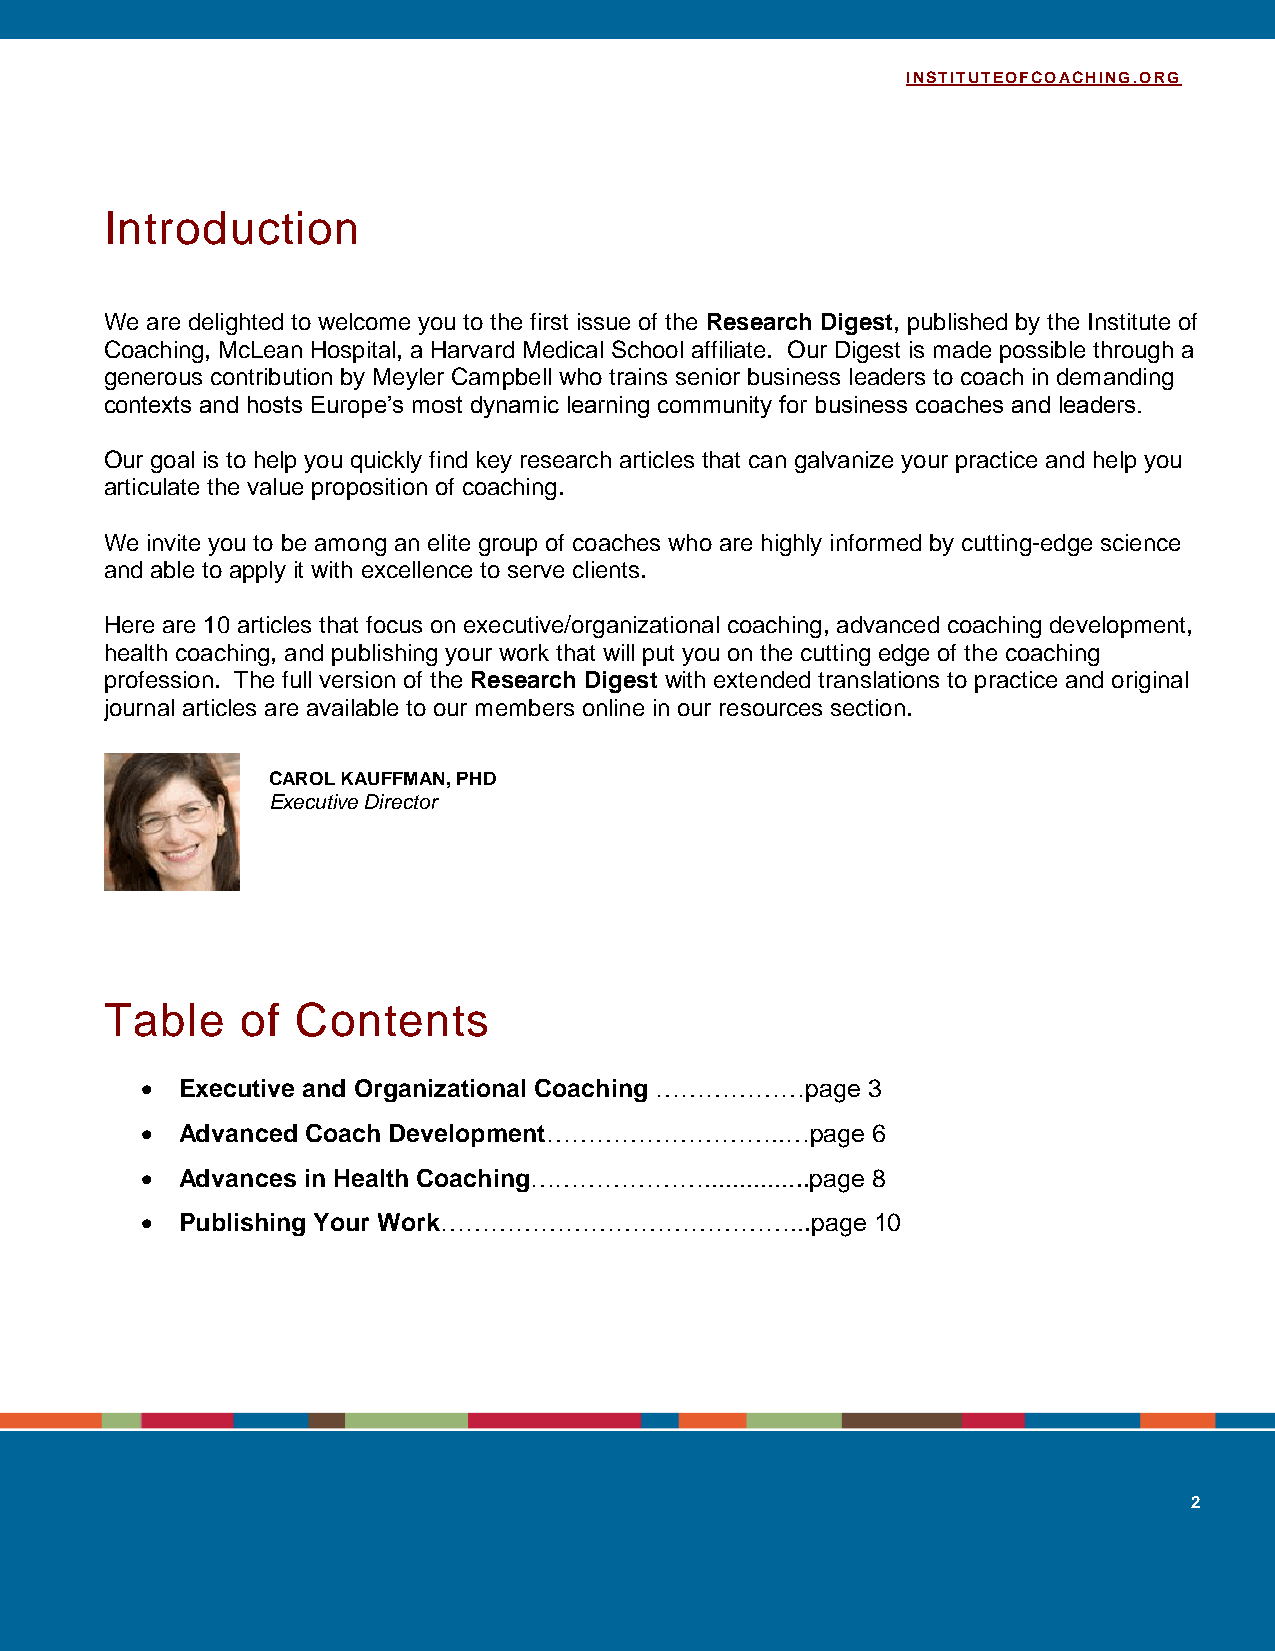
INSTITUTEOFCOACHING.ORG
 Introduction
 We are delighted to welcome you to the first issue of the Research Digest, published by the Institute of
 Coaching, McLean Hospital, a Harvard Medical School affiliate. Our Digest is made possible through a
 generous contribution by Meyler Campbell who trains senior business leaders to coach in demanding
 contexts and hosts Europe’s most dynamic learning community for business coaches and leaders.
 Our goal is to help you quickly find key research articles that can galvanize your practice and help you
 articulate the value proposition of coaching.
 We invite you to be among an elite group of coaches who are highly informed by cutting-edge science
 and able to apply it with excellence to serve clients.
 Here are 10 articles that focus on executive/organizational coaching, advanced coaching development,
 health coaching, and publishing your work that will put you on the cutting edge of the coaching
 profession. The full version of the Research Digest with extended translations to practice and original
 journal articles are available to our members online in our resources section.
 CAROL KAUFFMAN, PHD
 Executive Director
 Table    of  Contents
   Executive and Organizational Coaching ………………page 3
   Advanced Coach Development………………………..…page    6
   Advances in Health Coaching…………………...............page 8
   Publishing Your Work……………………………………...page     10
 2